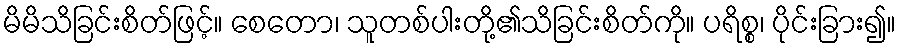
မိမိသိခြင်းစိတ်ဖြင့်။ စေတော၊ သူတစ်ပါးတို့၏သိခြင်းစိတ်ကို။ ပရိစ္စ၊ ပိုင်းခြား၍။